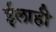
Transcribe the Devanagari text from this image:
ईलाही